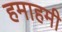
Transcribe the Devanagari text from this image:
हमाहमी